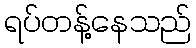
ရပ်တန့်နေသည်